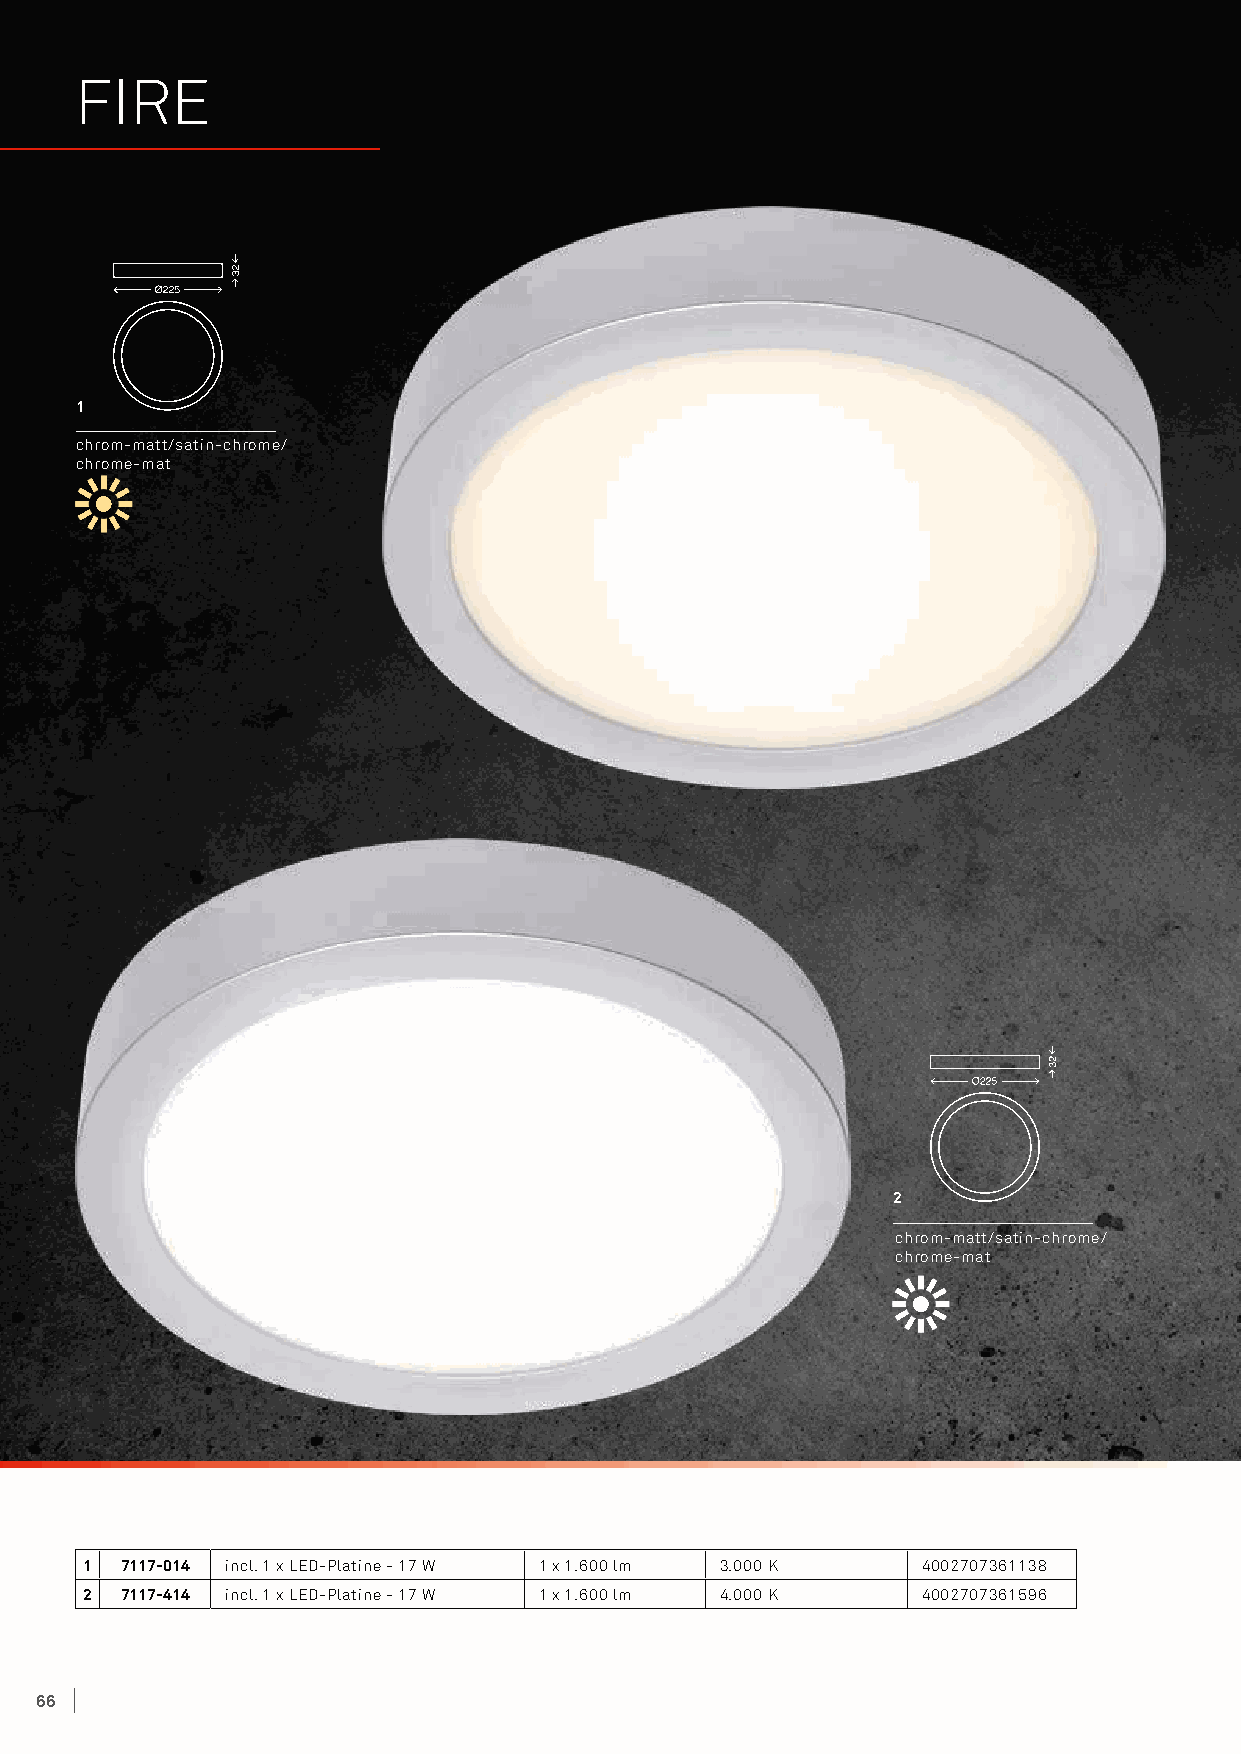
FIRE
 1
 chrom-matt/satin-chrome/
 chrome-mat
 2
 chrom-matt/satin-chrome/
 chrome-mat
 1 7117-014 incl. 1 x LED-Platine - 17 W 1 x 1.600 lm 3.000 K 4002707361138
 2 7117-414 incl. 1 x LED-Platine - 17 W 1 x 1.600 lm 4.000 K 4002707361596
 66